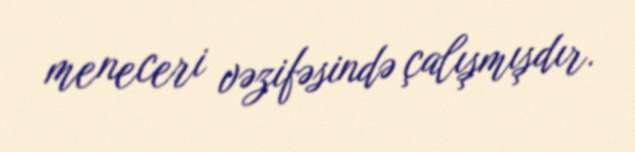
meneceri vəzifəsində çalışmışdır.